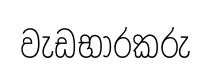
වැඩභාරකරු